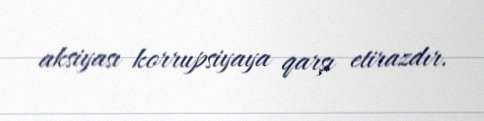
aksiyası korrupsiyaya qarşı etirazdır.